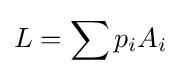
L=\sum p_{i}A_{i}